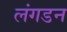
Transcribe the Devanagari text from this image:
लंगडन